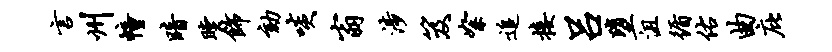
言州幢暗瞠饰劾啖翁涉笈絮追接吕堕沮循佑曲庇